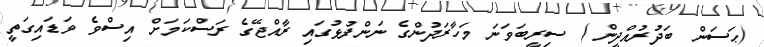
(ޙަސަން ބަދުރުއްދީން ) ސިރީބަވަނަ މަހާރަދުންގެ ނަންފުޅުގައި ރާއްޖޭގެ ރަސްކަމަށް އިސްވެ ވަޑައިގަތީ